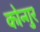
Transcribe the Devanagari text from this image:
कोन्गुर